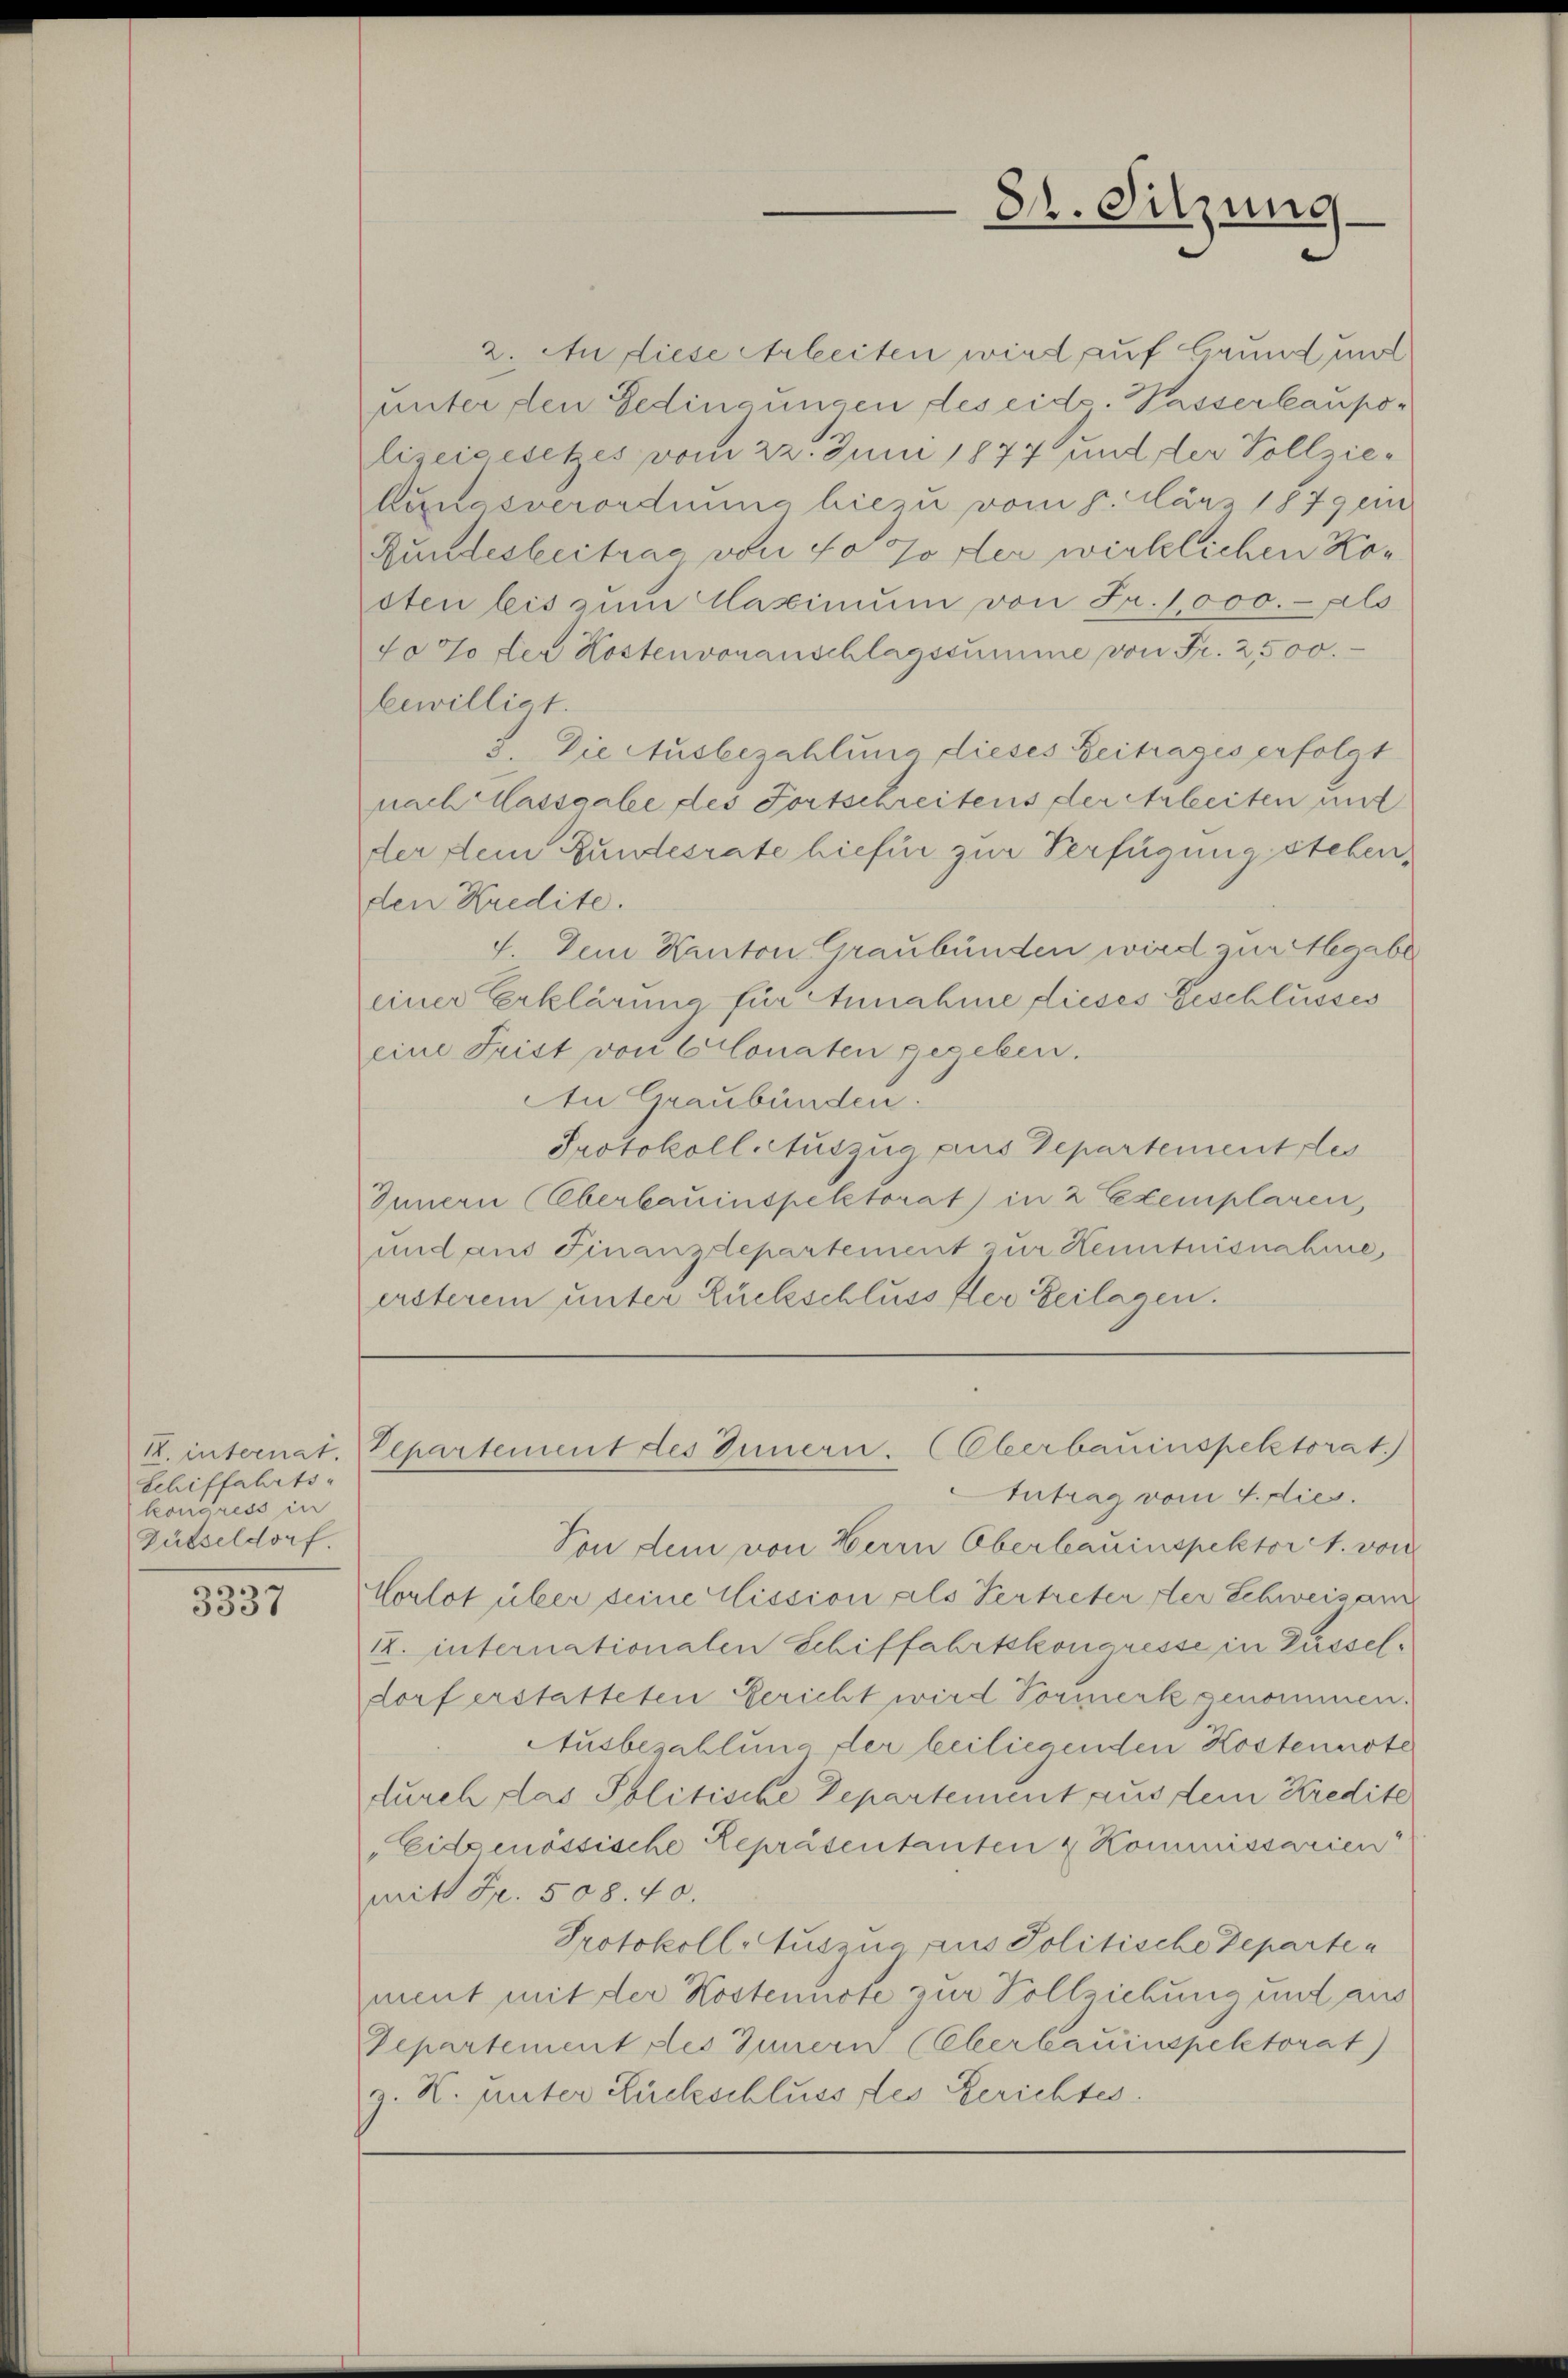
R. internat.
Schiffahrts-
kongress in
Güsseldorf.

¬
3337

8. Sitzung

2. An diese Arbeiten wird auf Grund und
unter den Gedingungen des eid. Passerbaupolizeigesetzes vom 22. Juni 1877 und der Vollzie¬
Aunasverordnung hiezu vom 1. März 1879 ei
Rundesbeitrag von 40 Jodler wirklichen Kosten leis zum Maximum von Fr. 1,000.- als
10% der Kosten voranschlagssumme von Fr. 2,500.
bewilligt.
3. Die Ausbezahlung dieses Beitrages erfolgt
nach Cassaale des Fortschreitens der Arbeiten mit
der dein Bundesrate hiefür zur Verfügung stehen,
den Kredite.
4. Dem Kanton Graubünden wird zur Megabe
einer Erklärung für Annahme dieses Geschlusses
eine Frist von 6 Conaten gegeben.
An Graubünden.
Protokoll Auszug aus Departement des
Innern (Oberbauinspektorat in 2 Exemplaren,
und aus Finanzdepartement zur Kenntnisnahme,
ersterem unter Rückschluss der Zeilagen.

Departement des Innern. (Oberbauinspektorat.)
ntrag vom 4. dies

Von dem von Herrn Oberbauinspektor A. von
Morlot über seine Clission als Vertreter der Schweisam
12. internationalen Schiffahrtskongresse in Düsseldorf erstatteten Gericht wird Vormerk genommen.
Ausbezahlung der beiliegenden Kostennote
durch das Politische Departement aus dem Kredite
Eidgenössische Repräsentanten & Kommissarien
mitt Fr. 508. 40.
Protokoll Auszug aus Politische Departen
ment mit der Kostennote zur Vollziehung und aus
Departement des Innern (Eberbauinspektorat)
z. R. unter Luckschluss des Berichtes.